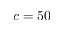
c = 5 0